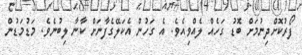
ފޯރުކޮށްދިނުމަށް ބޮޑު ގަހެއް ލެއްވިއެވެ. އެ ގަހުން އެކަލޭގެފާނަށް ކާނާ ލިބުނެވެ. މަޑުމަޑުން